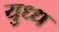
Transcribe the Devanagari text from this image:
युध्ध